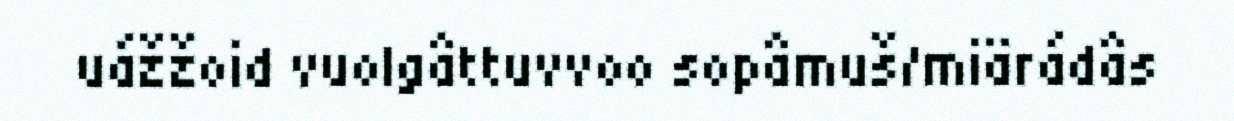
uážžoid vuolgâttuvvoo sopâmuš/miärádâs